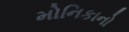
મોનિકાનો